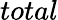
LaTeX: total